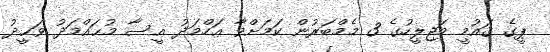
ޕީގެ ޤައުމީ މަޖިލީހުގެ 3 މެމްބަރުން ކަމަށްވާ ޢަހްމަދު ޢީސާ މުޙައްމަދު ވަޙީދު